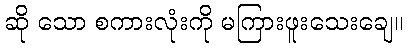
ဆို သော စကားလုံးကို မကြားဖူးသေးချေ။